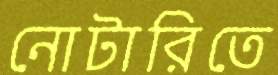
নোটারিতে